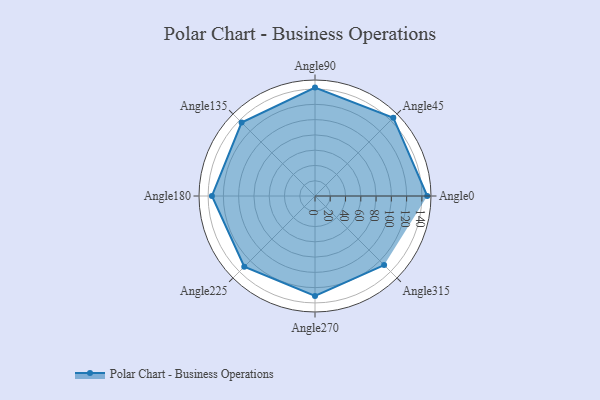
{"axis": {"x": "Angle", "y": "Radius"}, "legend": [""], "data": [{"x": "Angle0", "y": 147.0, "type": ""}, {"x": "Angle45", "y": 145.0, "type": ""}, {"x": "Angle90", "y": 142.0, "type": ""}, {"x": "Angle135", "y": 136.0, "type": ""}, {"x": "Angle180", "y": 135.0, "type": ""}, {"x": "Angle225", "y": 131.0, "type": ""}, {"x": "Angle270", "y": 131.0, "type": ""}, {"x": "Angle315", "y": 128.0, "type": ""}]}